Civil Veterinary Department Bengal reports 1923-33 - 1923-1933
Year: 1923
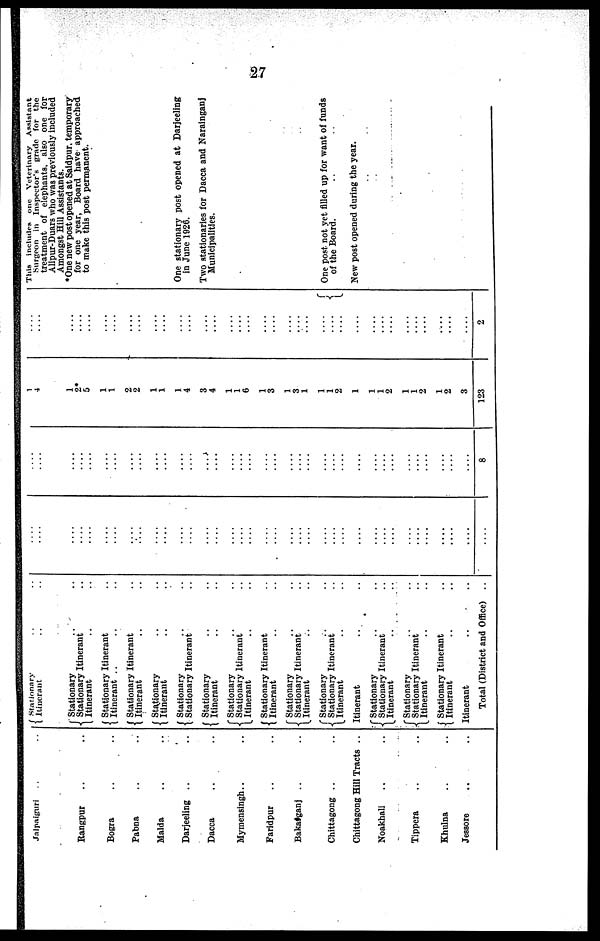
27
Jalpaipuri .. ..
Rangpur .. ..
Bogra .. ..
Pabna .. ..
Malda .. ..
Darjeeline .. ..
Dacca .. ..
Mymensingh ..
Faridpur .. ..
Bakatganj .. ..
Chittagong .. ..
Chittagong Hill Tracts ..
Noakhali .. ..
Tippera .. ..
Khulna .. ..
Jesaore .. ..
stationary .. ..
Itinerant .. ..
Stationary
..
..
Stationary Itinerant .. ..
Itinerant .. ..
Stationary Itinerant .. ..
Itinerant .. ..
Stationary Itinerant .. ..
Itinerant .. ..
Stationary .. ..
Itinerant .. ..
Stationary .. ..
Stationary Itinerant .. ..
Stationary .. ..
Itinerant .. ..
Stationary .. ..
Stationary Itinerant .. ..
Itinerant .. ..
Stationary Itinerant .. ..
Itinerant .. ..
Stationary .. ..
Stationary Itinerant ..
Itinerant .. ..
Stationary .. ..
Stationary Itinerant ..
Itinerant .. ..
Itinerant .. ..
Stationary .. ..
Stationary Itinerant ..
Itinerant .. ..
Stationary .. ..
Stationary Itinerant ..
Itinerant .. ..
Stationary Itinerant ..
Itinerant .. ..
Itinerant ..
Total (District and Office) ..
....
....
....
....
....
....
....
....
....
....
....
....
....
....
....
....
....
....
....
....
....
....
....
....
....
....
....
....
....
....
....
....
....
....
....
....
....
....
....
....
....
....
....
....
....
....
....
....
....
....
....
....
....
....
....
....
....
....
....
....
....
....
....
....
....
8
1
4
1
2*
5
1
1
2
2
1
1
1
4
3
4
1
1
6
1
3
1
3
1
1
1
2
1
1
1
2
1
1
2
1
2
3
123
....
....
....
....
.... ....
....
....
....
....
....
....
....
....
....
....
....
....
....
....
....
....
...
....
....
....
....
....
....
....
....
....
2
This Includes one Veterinary
Assistant
Surgeon in Inspector's grade for the
treatment of elephants. also one for
Alipur-Duars who was previously included
Amongst Hill Assistants.
*One new post opened at Saidpur. temporary
for one year, Board have approached
to make this post permanent.
One stationary post opened at Darjeellng
in June 1926.
Two stationaries for Dacca and Narainganj
Municipalities.
One post not yet filled up for want of funds
of the Board.
New post opened during the year.